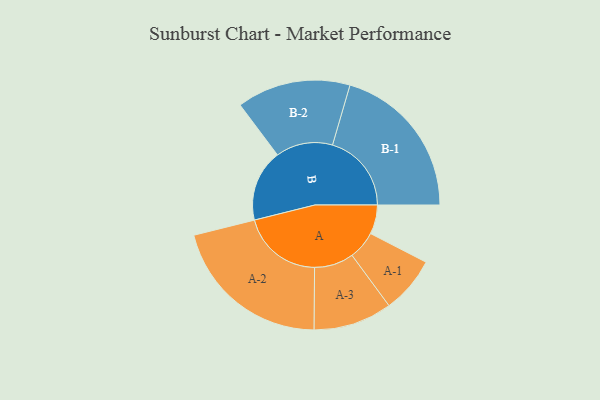
{"axis": {"x": "Segment", "y": "Value"}, "legend": ["", "A", "B"], "data": [{"x": "A", "y": 103, "type": ""}, {"x": "B", "y": 254, "type": ""}, {"x": "A-1", "y": 100, "type": "A"}, {"x": "A-2", "y": 286, "type": "A"}, {"x": "A-3", "y": 139, "type": "A"}, {"x": "B-1", "y": 279, "type": "B"}, {"x": "B-2", "y": 201, "type": "B"}]}